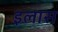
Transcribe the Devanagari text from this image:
इलास